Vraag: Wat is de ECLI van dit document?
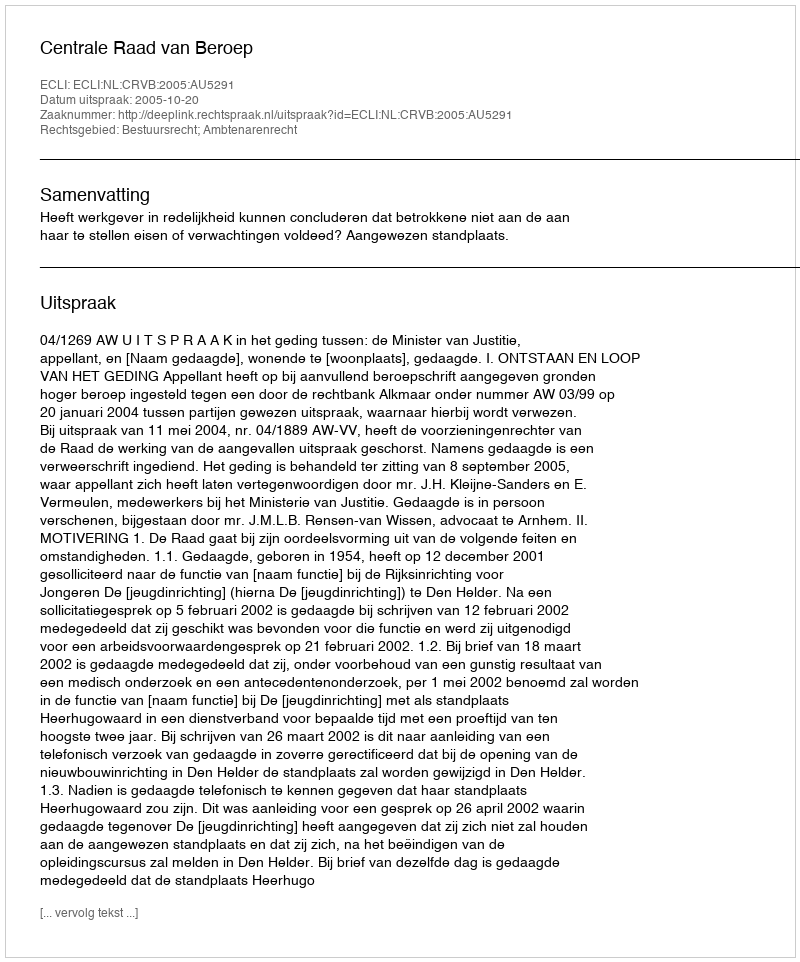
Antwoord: ECLI:NL:CRVB:2005:AU5291